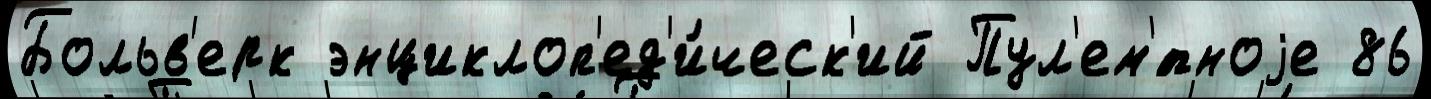
Больв'ерк энциклоп'ед'и́ческ'ий Пул'ем'́тноjе 86